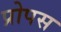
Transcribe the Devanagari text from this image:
प्रोपस